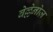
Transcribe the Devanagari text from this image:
बेल्लेनोज़